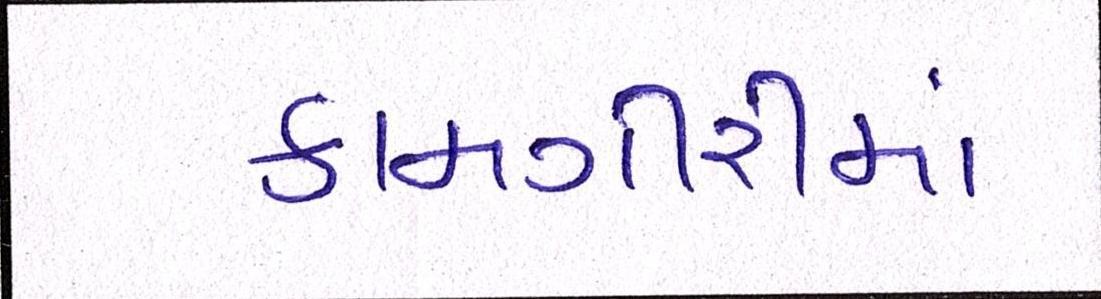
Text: કામગીરીમાં